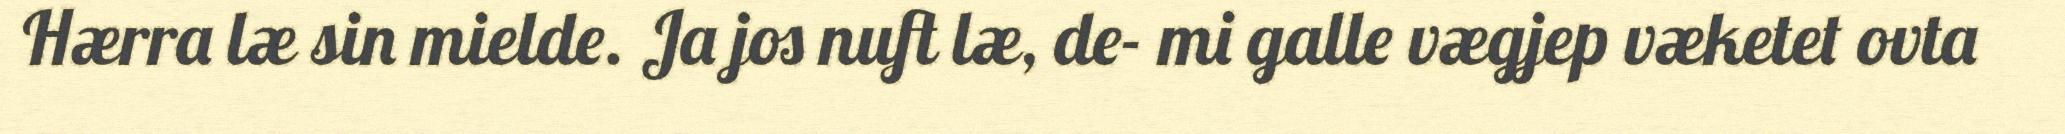
Hærra læ sin mielde. Ja jos nuft læ, de- mi galle vægjep væketet ovta